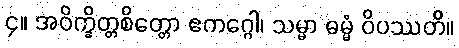
၄။ အဝိက္ခိတ္တစိတ္တော ဧကဂ္ဂေါ၊ သမ္မာ ဓမ္မံ ဝိပဿတိ။